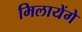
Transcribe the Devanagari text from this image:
मिलायेंगे